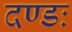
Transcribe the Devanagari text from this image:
दण्डः